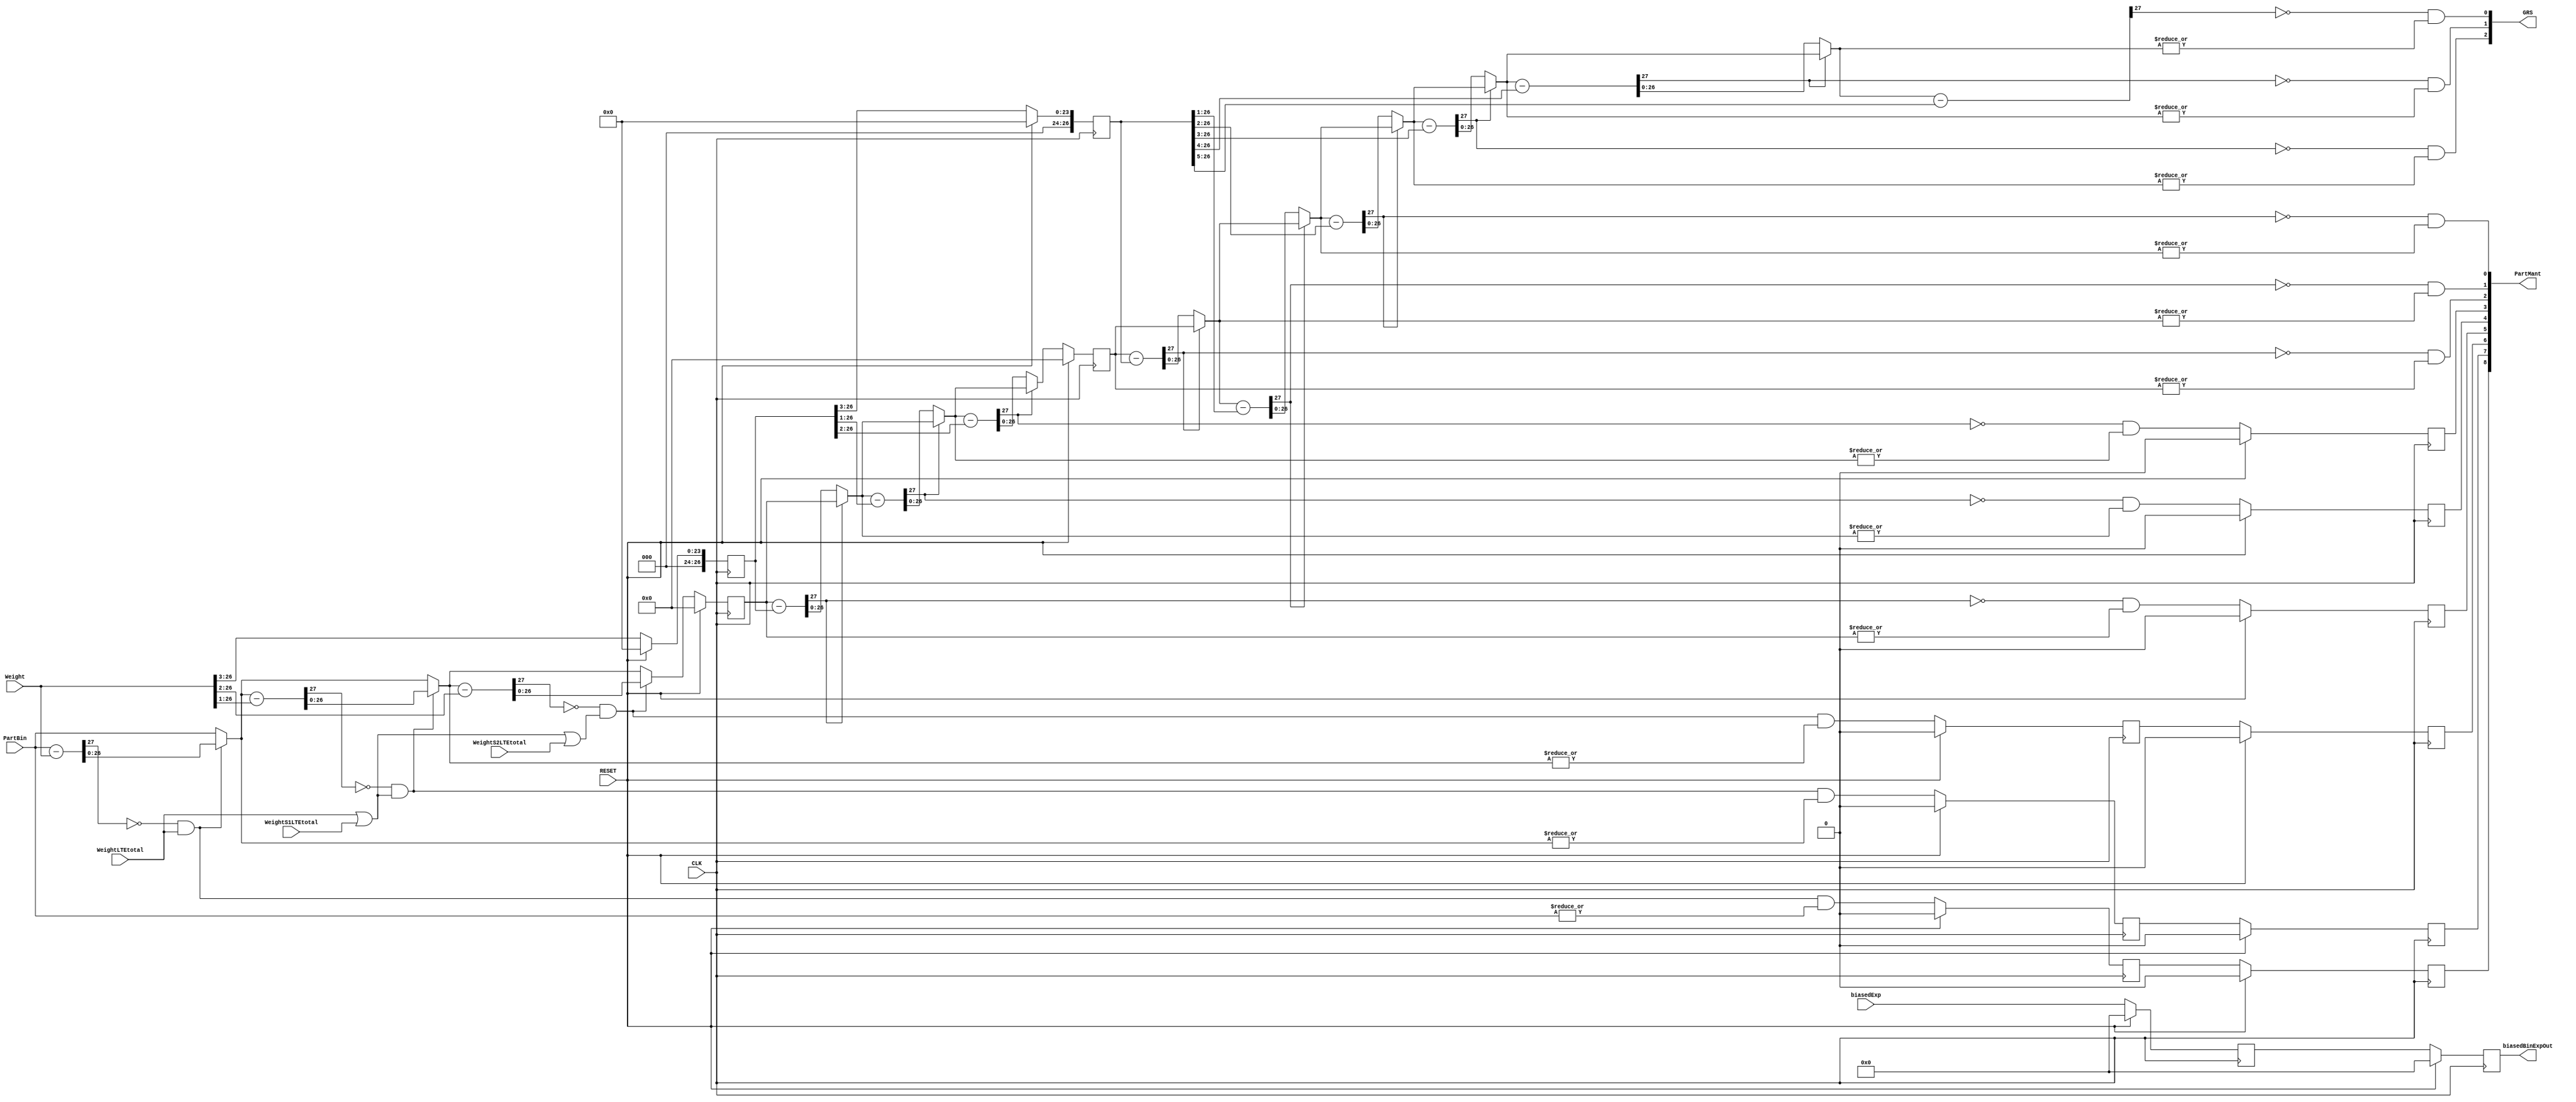
//  decCharToBinHalfSystIntH8.v
//
// Version:  1.22  May 3, 2020
// Copyright (C) 2020.  All rights reserved.
//
////////////////////////////////////////////////////////////////////////////////////////////////////////////////////////
//                                                                                                                    //
//                                                 SYMPL Open-Source                                                  //
//                          HedgeHog Fused Spiking Neural Network Emulator/Compute Engine                             //
//                                    Evaluation and Product Development License                                      //
//                                                                                                                    //
//                                                                                                                    //
// Open-source means:  this source code and this instruction set ("this IP") may be freely downloaded, copied,        //
// modified, distributed and used in accordance with the terms and conditons of the licenses provided herein.         //
//                                                                                                                    //
// Provided that you comply with all the terms and conditions set forth herein, Jerry D. Harthcock ("licensor"),      //
// the original author and exclusive copyright owner of this HedgeHog Fused Spiking Neural Network Emulator/Compute   //
// Engine, including related development software ("this IP"), hereby grants recipient of this IP ("licensee"),       //
// a world-wide, paid-up, non-exclusive license to implement this IP within the programmable fabric of Xilinx Kintex  //
// Ultra Plus brand FPGAs--only--and used only for the purposes of evaluation, education, and development of end      //
// products and related development tools.                                                                            //
//                                                                                                                    //
// Furthermore, limited to the purposes of prototyping, evaluation, characterization and testing of implementations   //
// in a hard, custom or semi-custom ASIC, any university or institution of higher education may have their            //
// implementation of this IP produced for said limited purposes at any foundary of their choosing provided that such  //
// prototypes do not ever wind up in commercial circulation, with this license extending to such foundary and is in   //
// connection with said academic pursuit under the supervision of said university or institution of higher education. //
//                                                                                                                    //
// Any copying, distribution, customization, modification, or derivative work of this IP must include an exact copy   //
// of this license and original copyright notice at the very top of each source file and any derived netlist, and,    //
// in the case of binaries, a printed copy of this license and/or a text format copy in a separate file distributed   //
// with said netlists or binary files having the file name, "LICENSE.txt".  You, the licensee, also agree not to      //
// remove any copyright notices from any source file covered or distributed under this Evaluation and Product         //
// Development License.                                                                                               //
//                                                                                                                    //
// LICENSOR DOES NOT WARRANT OR GUARANTEE THAT YOUR USE OF THIS IP WILL NOT INFRINGE THE RIGHTS OF OTHERS OR          //
// THAT IT IS SUITABLE OR FIT FOR ANY PURPOSE AND THAT YOU, THE LICENSEE, AGREE TO HOLD LICENSOR HARMLESS FROM        //
// ANY CLAIM BROUGHT BY YOU OR ANY THIRD PARTY FOR YOUR SUCH USE.                                                     //
//                                                                                                                    //
// Licensor reserves all his rights, including, but in no way limited to, the right to change or modify the terms     //
// and conditions of this Evaluation and Product Development License anytime without notice of any kind to anyone.    //
// By using this IP for any purpose, licensee agrees to all the terms and conditions set forth in this Evaluation     //
// and Product Development License.                                                                                   //
//                                                                                                                    //
// This Evaluation and Product Development License does not include the right to sell products that incorporate       //
// this IP or any IP derived from this IP. If you would like to obtain such a license, please contact Licensor.       //
//                                                                                                                    //
// Licensor can be contacted at:  SYMPL.gpu@gmail.com or Jerry.Harthcock@gmail.com                                    //
//                                                                                                                    //
////////////////////////////////////////////////////////////////////////////////////////////////////////////////////////

 `timescale 1ns/100ps

module decCharToBinHalfSystIntH8 (
    CLK,
    RESET,
    biasedExp,
    Weight,
    PartBin,
    PartMant,
    biasedBinExpOut,
    WeightLTEtotal,  
    WeightS1LTEtotal,
    WeightS2LTEtotal,
    GRS
    );

input CLK;
input RESET;
input [6:0] biasedExp;
input [26:0] Weight;
input [26:0] PartBin;      //q2
output [8:0] PartMant; 
output [6:0] biasedBinExpOut;
input WeightLTEtotal;  
input WeightS1LTEtotal;
input WeightS2LTEtotal;
output [2:0] GRS;


wire [8:0] PartMant;
wire [6:0] biasedBinExpOut;
wire [2:0] GRS;

wire d8;   
wire [27:0] Bin8Test;
wire GTE8;
wire [26:0] Bin7;
assign Bin8Test = PartBin - Weight;
assign GTE8 = ~Bin8Test[27] && WeightLTEtotal; 
assign Bin7 = GTE8 ? Bin8Test[26:0] : PartBin;
assign d8 = GTE8 && |PartBin;   

wire d7;
wire [27:0] Bin7Test;
wire GTE7;
wire [26:0] Bin6;
assign Bin7Test = Bin7 - (Weight >> 1);
assign GTE7 = ~Bin7Test[27] && (WeightLTEtotal || WeightS1LTEtotal); 
assign Bin6 = GTE7 ? Bin7Test[26:0] : Bin7;
assign d7 = GTE7 && |Bin7;

wire d6;
wire [27:0] Bin6Test;
wire GTE6;
wire [26:0] Bin5;
assign Bin6Test = Bin6 - (Weight >> 2);
assign GTE6 = ~Bin6Test[27] && (WeightLTEtotal || WeightS1LTEtotal || WeightS2LTEtotal); 
assign Bin5 = GTE6 ? Bin6Test[26:0] : Bin6;
assign d6 = GTE6 && |Bin6;

reg d8_q3;
reg d7_q3;
reg d6_q3;
reg [26:0] Bin5_q3;
reg [26:0] Weight_q3;
reg [6:0] biasedExp_q3;
always @(posedge CLK)
    if (RESET) begin
        d8_q3       <= 0;
        d7_q3       <= 0;
        d6_q3       <= 0;
        Bin5_q3     <= 0;
        Weight_q3 <= 0;
        biasedExp_q3 <= 0;
    end
    else begin
        d8_q3       <= d8;
        d7_q3       <= d7;
        d6_q3       <= d6;
        Bin5_q3     <= Bin5;
        Weight_q3 <= Weight >> 3;    
        biasedExp_q3 <= biasedExp;
    end
    
wire d5;
wire [27:0] Bin5Test;
wire GTE5;
wire [26:0] Bin4;
assign Bin5Test = Bin5_q3 - (Weight_q3);
assign GTE5 = ~Bin5Test[27]; 
assign Bin4 = GTE5 ? Bin5Test[26:0] : Bin5_q3;
assign d5 = GTE5 && |Bin5_q3;

wire d4;
wire [27:0] Bin4Test;
wire GTE4;
wire [26:0] Bin3;
assign Bin4Test = Bin4 - (Weight_q3 >> 1);
assign GTE4 = ~Bin4Test[27]; 
assign Bin3 = GTE4 ? Bin4Test[26:0] : Bin4;
assign d4 = GTE4 && |Bin4;

wire d3;
wire [27:0] Bin3Test;
wire GTE3;
wire [26:0] Bin2;
assign Bin3Test = Bin3 - (Weight_q3 >> 2);
assign GTE3 = ~Bin3Test[27]; 
assign Bin2 = GTE3 ? Bin3Test[26:0] : Bin3;
assign d3 = GTE3 && |Bin3;

reg d8_q4;
reg d7_q4;
reg d6_q4;
reg d5_q4;
reg d4_q4;
reg d3_q4;
reg [26:0] Bin2_q4;
reg [26:0] Weight_q4;
reg [6:0] biasedExp_q4;
always @(posedge CLK)
    if (RESET) begin
        d8_q4       <= 0;
        d7_q4       <= 0;
        d6_q4       <= 0;
        d5_q4       <= 0;
        d4_q4       <= 0;
        d3_q4       <= 0;
        Bin2_q4  <= 0;
        Weight_q4 <= 0;
        biasedExp_q4 <= 0;
    end
    else begin
        d8_q4       <= d8_q3;
        d7_q4       <= d7_q3;
        d6_q4       <= d6_q3;
        d5_q4       <= d5;
        d4_q4       <= d4;
        d3_q4       <= d3;
        Bin2_q4  <= Bin2;
        Weight_q4 <= Weight_q3 >> 3;    
        biasedExp_q4 <= biasedExp_q3;
    end

wire d2;
wire [27:0] Bin2Test;
wire GTE2;
wire [26:0] Bin1;
assign Bin2Test = Bin2_q4 - (Weight_q4);
assign GTE2 = ~Bin2Test[27]; 
assign Bin1 = GTE2 ? Bin2Test[26:0] : Bin2_q4;
assign d2 = GTE2 && |Bin2_q4;

wire d1;
wire [27:0] Bin1Test;
wire GTE1;
wire [26:0] Bin0;
assign Bin1Test = Bin1 - (Weight_q4 >> 1);
assign GTE1 = ~Bin1Test[27]; 
assign Bin0 = GTE1 ? Bin1Test[26:0] : Bin1;
assign d1 = GTE1 && |Bin1;

wire d0;
wire [27:0] Bin0Test;
wire GTE0;
wire [26:0] BinG;
wire [26:0] testWeight_q4;
assign testWeight_q4 = (Weight_q4 >> 2);
assign Bin0Test = Bin0 - (Weight_q4 >> 2);
assign GTE0 = ~Bin0Test[27]; 
assign BinG = GTE0 ? Bin0Test[26:0] : Bin0;
assign d0 = GTE0 && |Bin0;

wire G;
wire [27:0] BinGTest;
wire GTE_G;
wire [26:0] BinR;
assign BinGTest = BinG - (Weight_q4 >> 3);
assign GTE_G = ~BinGTest[27]; 
assign BinR = GTE_G ? BinGTest[26:0] : BinG;
assign G = GTE_G && |BinG;

wire R;
wire [27:0] BinRTest;
wire GTE_R;
wire [26:0] BinS;
assign BinRTest = BinR - (Weight_q4 >> 4);
assign GTE_R = ~BinRTest[27]; 
assign BinS = GTE_R ? BinRTest[26:0] : BinR;
assign R = GTE_R && |BinR;

wire S;
wire [27:0] BinSTest;
wire GTE_S;
assign BinSTest = BinS - (Weight_q4 >> 5);
assign GTE_S = ~BinSTest[27]; 
assign S = GTE_S && |BinS;

assign PartMant = {d8_q4, d7_q4,  d6_q4,  d5_q4,  d4_q4,  d3_q4,  d2,  d1,  d0};
                      
assign biasedBinExpOut = biasedExp_q4;                      

assign GRS = {G, R, S};

endmodule